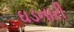
ઘડનારી